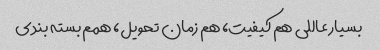
بسیار عاللی هم کیفیت، هم زمان تحویل، همم بسته بندی